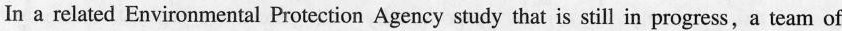
In a related Environmental Protection Agency study that is still in progress，a team of